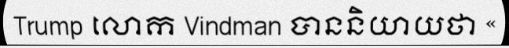
Trump លោក Vindman បាននិយាយថា «